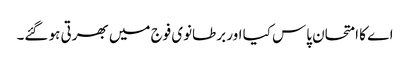
اے کا امتحان پاس کیا اور برطانوی فوج میں بھرتی ہو گئے۔